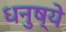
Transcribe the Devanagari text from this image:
धनुष्ये